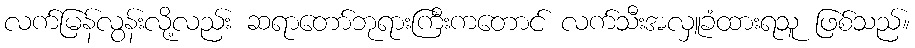
လက်မြန်လွန်းလို့လည်း ဆရာတော်ဘုရားကြီးကတောင် လက်သီးအလှူခံထားရသူ ဖြစ်သည်။